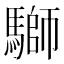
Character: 𩥐